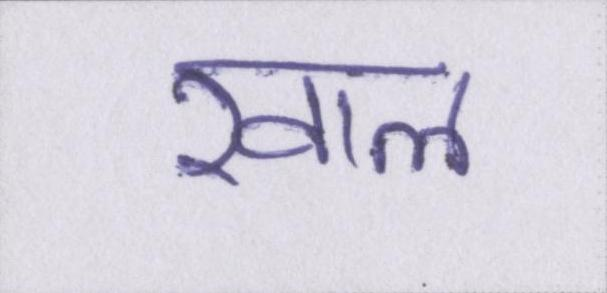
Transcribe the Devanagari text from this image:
खाल